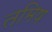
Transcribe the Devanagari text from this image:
तमिष